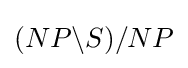
(NP\backslash S)/NP